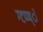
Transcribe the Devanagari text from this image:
ग्टप्प्प्े